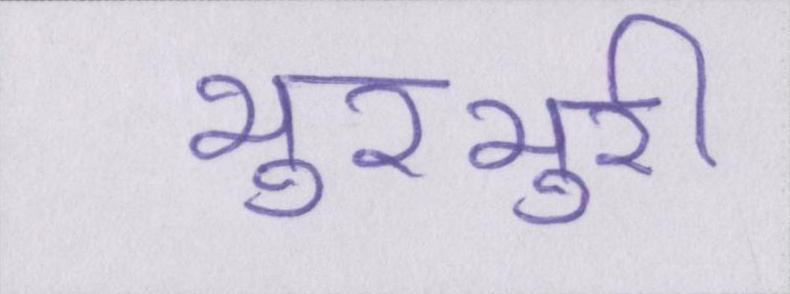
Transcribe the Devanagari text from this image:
भुरभुरी